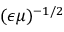
( \epsilon \mu ) ^ { - 1 / 2 }